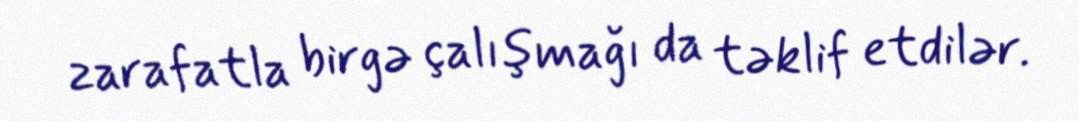
zarafatla birgə çalışmağı da təklif etdilər.